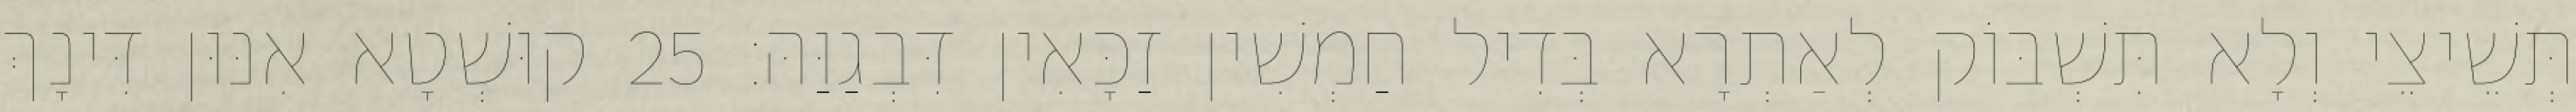
תְּשֵׁיצֵי וְלָא תִּשְׁבּוֹק לְאַתְרָא בְּדִיל חַמְשִׁין זַכָּאִין דִּבְגַוַּהּ׃ 25 קוּשְׁטָא אִנּוּן דִּינָךְ